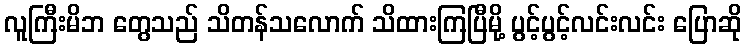
လူကြီးမိဘ တွေသည် သိတန်သလောက် သိထားကြပြီမို့ ပွင့်ပွင့်လင်းလင်း ပြောဆို